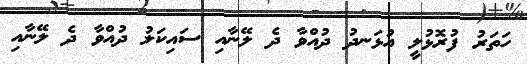
ހަތަރު ފުރޮޅުލީ އުޅަނދު ދުއްވާ ދެ ލޭނާއި ސައިކަލު ދުއްވާ ދެ ލޭނާއި